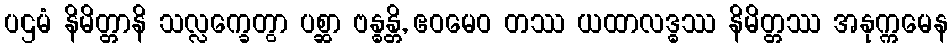
ပဌမံ နိမိတ္တာနိ သလ္လက္ခေတွာ ပစ္ဆာ ဗန္ဓန္တိ, ဧဝမေဝ တဿ ယထာလဒ္ဓဿ နိမိတ္တဿ အနုက္ကမေန